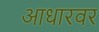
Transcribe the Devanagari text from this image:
आधारवर